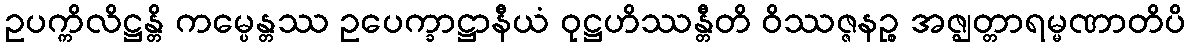
ဥပက္ကိလိဋ္ဌန္တိ ကမ္ပေန္တဿ ဥပေက္ခာဋ္ဌာနီယံ ဝုဋ္ဌဟိဿန္တီတိ ဝိဿဇ္ဇနဉ္စ အဇ္ဈတ္တာရမ္မဏာတိပိ